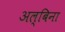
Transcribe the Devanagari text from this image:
अल्बिना